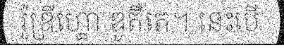
រ៉ូឌ្រីហ្គោ ឌូតឺតេ។ នេះបើ